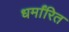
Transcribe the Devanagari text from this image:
धर्मांरित